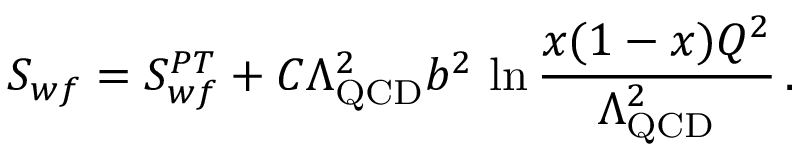
S _ { w f } = S _ { w f } ^ { P T } + C \Lambda _ { \mathrm { Q C D } } ^ { 2 } b ^ { 2 } \, \ln \frac { x ( 1 - x ) Q ^ { 2 } } { \Lambda _ { \mathrm { Q C D } } ^ { 2 } } \, .